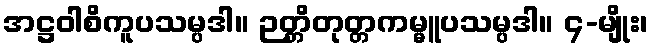
အဋ္ဌဝါစိကူပသမ္ပဒါ။ ဉတ္တိတုတ္တကမ္မူပသမ္ပဒါ။ ၄-မျိုး၊